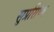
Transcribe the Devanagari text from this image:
सुप्रसिध्ध